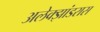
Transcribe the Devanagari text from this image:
अलेक्झांडरास